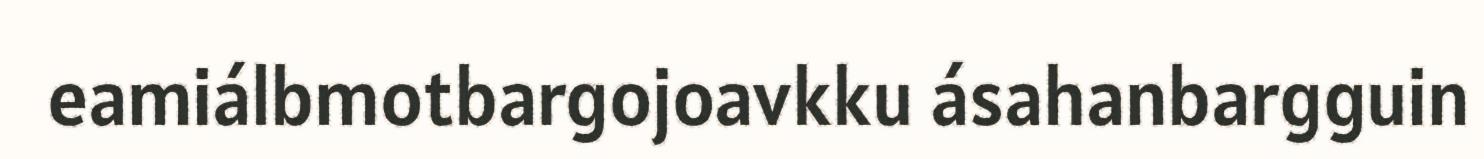
eamiálbmotbargojoavkku ásahanbargguin